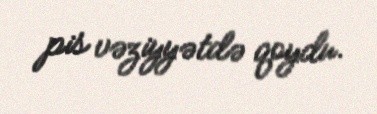
pis vəziyyətdə qoydu.